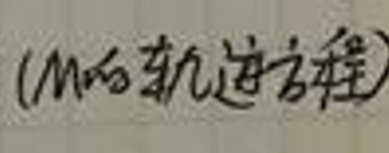
( M 的轨迹方程 )